画像に写った文字を読んでください
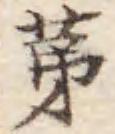
「苐」と書いてあります